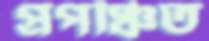
প্রপঞ্চিত